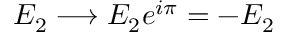
E _ { 2 } \longrightarrow E _ { 2 } e ^ { i \pi } = - E _ { 2 }